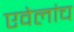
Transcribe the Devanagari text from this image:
एवेलांच